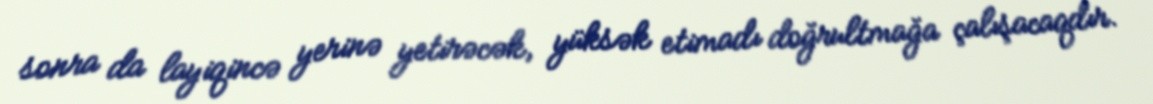
sonra da layiqincə yerinə yetirəcək, yüksək etimadı doğrultmağa çalışacaqdır.